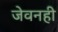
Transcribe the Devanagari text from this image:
जेवनही